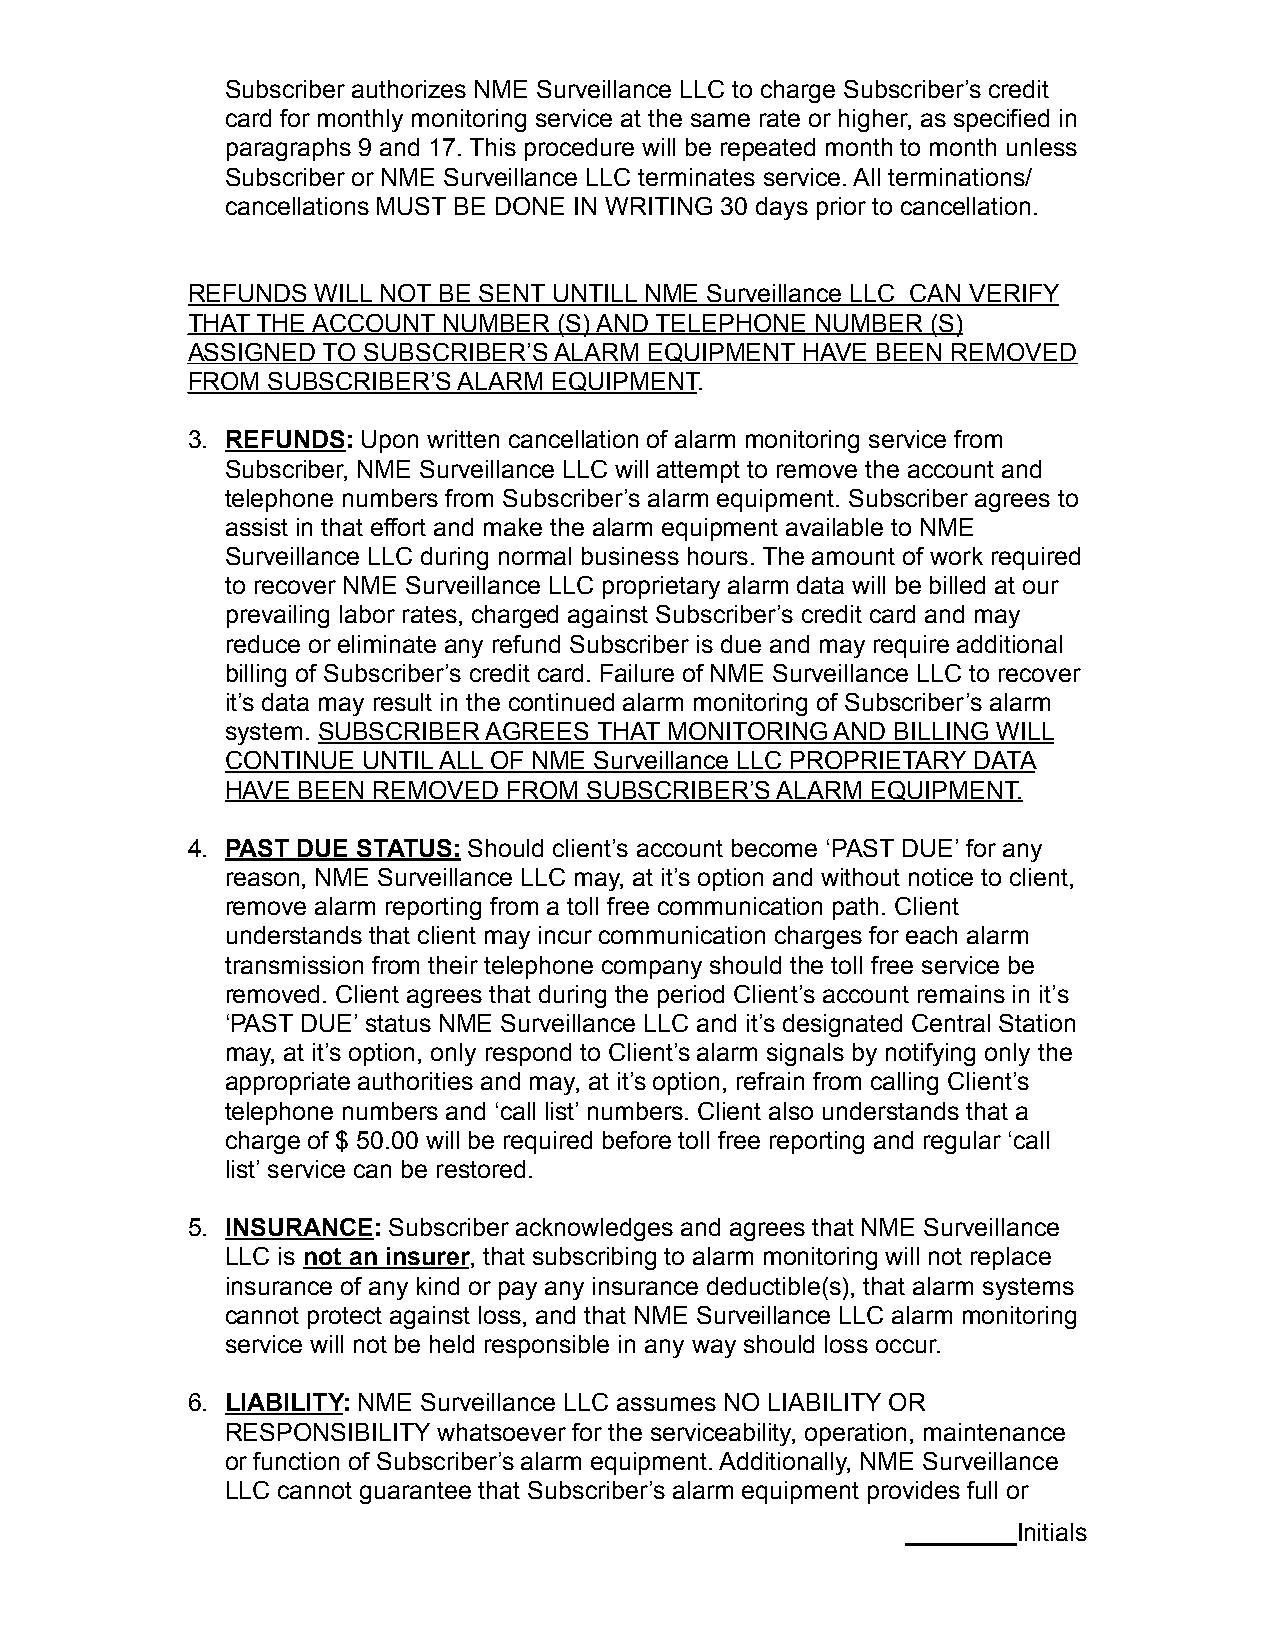
Subscriber authorizes NME Surveillance LLC to charge Subscriber’s credit
 card for monthly monitoring service at the same rate or higher, as specified in
 paragraphs 9 and 17. This procedure will be repeated month to month unless
 Subscriber or NME Surveillance LLC terminates service. All terminations/
 cancellations MUST BE DONE IN WRITING 30 days prior to cancellation.
 REFUNDS  WILL NOT BE SENT UNTILL NME Surveillance LLC CAN VERIFY
 THAT THE ACCOUNT NUMBER  (S) AND TELEPHONE NUMBER (S)
 ASSIGNED TO SUBSCRIBER’S ALARM EQUIPMENT HAVE BEEN REMOVED
 FROM  SUBSCRIBER’S ALARM EQUIPMENT.
 3. REFUNDS: Upon written cancellation of alarm monitoring service from
 Subscriber, NME Surveillance LLC will attempt to remove the account and
 telephone numbers from Subscriber’s alarm equipment. Subscriber agrees to
 assist in that effort and make the alarm equipment available to NME
 Surveillance LLC during normal business hours. The amount of work required
 to recover NME Surveillance LLC proprietary alarm data will be billed at our
 prevailing labor rates, charged against Subscriber’s credit card and may
 reduce or eliminate any refund Subscriber is due and may require additional
 billing of Subscriber’s credit card. Failure of NME Surveillance LLC to recover
 it’s data may result in the continued alarm monitoring of Subscriber’s alarm
 system. SUBSCRIBER AGREES THAT MONITORING AND BILLING WILL
 CONTINUE UNTIL ALL OF NME Surveillance LLC PROPRIETARY DATA
 HAVE BEEN REMOVED  FROM SUBSCRIBER’S ALARM EQUIPMENT.
 4. PAST DUE STATUS: Should client’s account become ‘PAST DUE’ for any
 reason, NME Surveillance LLC may, at it’s option and without notice to client,
 remove alarm reporting from a toll free communication path. Client
 understands that client may incur communication charges for each alarm
 transmission from their telephone company should the toll free service be
 removed. Client agrees that during the period Client’s account remains in it’s
 ‘PAST DUE’ status NME Surveillance LLC and it’s designated Central Station
 may, at it’s option, only respond to Client’s alarm signals by notifying only the
 appropriate authorities and may, at it’s option, refrain from calling Client’s
 telephone numbers and ‘call list’ numbers. Client also understands that a
 charge of $ 50.00 will be required before toll free reporting and regular ‘call
 list’ service can be restored.
 5. INSURANCE: Subscriber acknowledges and agrees that NME Surveillance
 LLC is not an insurer, that subscribing to alarm monitoring will not replace
 insurance of any kind or pay any insurance deductible(s), that alarm systems
 cannot protect against loss, and that NME Surveillance LLC alarm monitoring
 service will not be held responsible in any way should loss occur.
 6. LIABILITY: NME Surveillance LLC assumes NO LIABILITY OR
 RESPONSIBILITY whatsoever for the serviceability, operation, maintenance
 or function of Subscriber’s alarm equipment. Additionally, NME Surveillance
 LLC cannot guarantee that Subscriber’s alarm equipment provides full or
 ________Initials